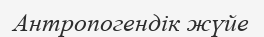
Антропогендік жүйе